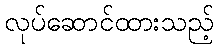
လုပ်ဆောင်ထားသည့်